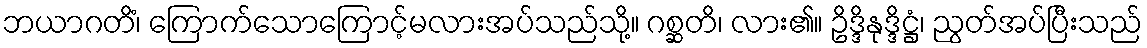
ဘယာဂတိံ၊ ကြောက်သောကြောင့်မလားအပ်သည်သို့။ ဂစ္ဆတိ၊ လား၏။ ဥိဒ္ဒိနုဒ္ဒိဋ္ဌံ၊ ညွတ်အပ်ပြီးသည်